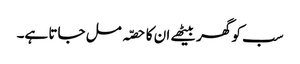
سب کو گھر بیٹھے ان کا حصّہ مل جاتا ہے۔